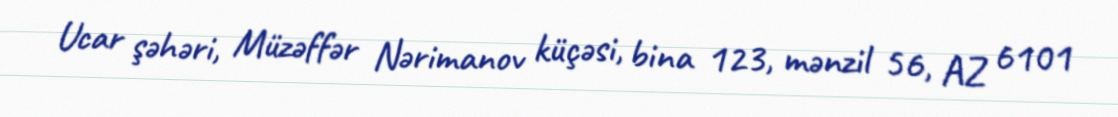
Ucar şəhəri, Müzəffər Nərimanov küçəsi, bina 123, mənzil 56, AZ 6101